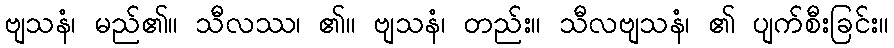
ဗျသနံ၊ မည်၏။ သီလဿ၊ ၏။ ဗျသနံ၊ တည်း။ သီလဗျသနံ၊ ၏ ပျက်စီးခြင်း။